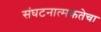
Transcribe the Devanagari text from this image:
संघटनात्मकतेचा